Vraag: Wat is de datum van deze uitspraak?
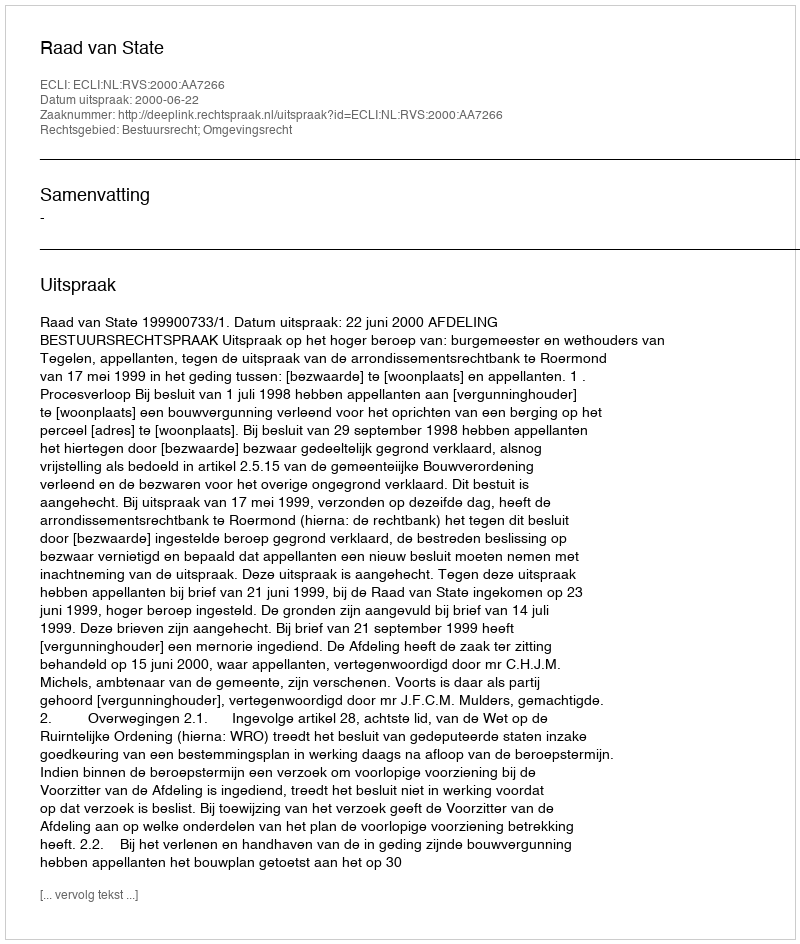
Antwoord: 2000-06-22